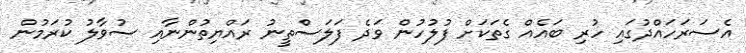
އެސަރަހައްދުގައި ހުރި ބައެއް ގެތަކަށް ފުލުހުން ވަދެ ފަލަސްތީނު ރައްޔިތުންނާއި ސުވާލު ކުރަމުން